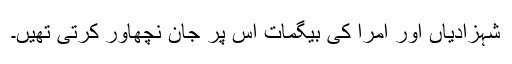
شہزادیاں اور امرا کی بیگمات اس پر جان نچھاور کرتی تھیں۔